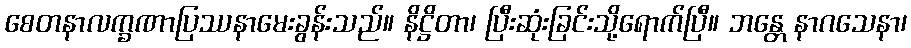
စေတနာလက္ခဏာပြဿနာမေးခွန်းသည်။ နိဋ္ဌိတာ၊ ပြီးဆုံးခြင်းသို့ရောက်ပြီ။ ဘန္တေ နာဂသေနာ၊